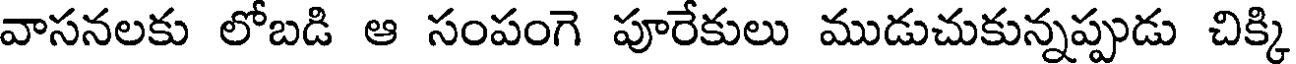
వాసనలకు లోబడి ఆ సంపంగె పూరేకులు ముడుచుకున్నప్పుడు చిక్కి